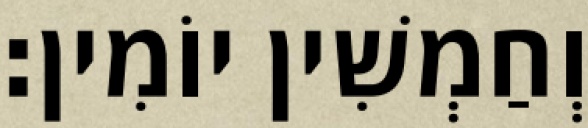
וְחַמְשִׁין יוֹמִין׃